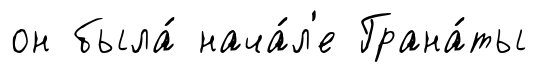
он была́ нача́л'е Грана́ты